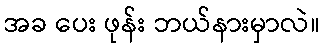
အခ ပေး ဖုန်း ဘယ်နားမှာလဲ။